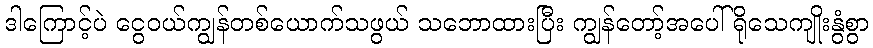
ဒါကြောင့်ပဲ ငွေဝယ်ကျွန်တစ်ယောက်သဖွယ် သဘောထားပြီး ကျွန်တော့်အပေါ် ရိုသေကျိုးနွံစွာ